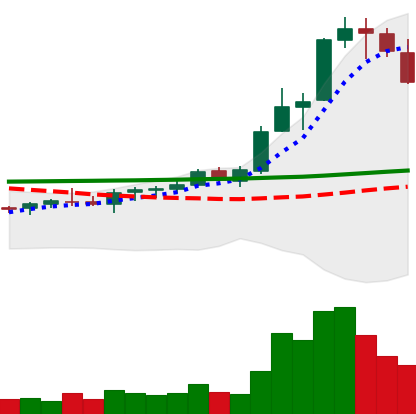
Ticker: ADA-USD
Chart end date: 2021-08-17
Forward return: 40.856%
Label: up_7plus